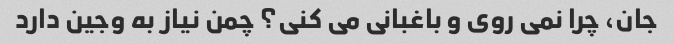
جان، چرا نمی روی و باغبانی می کنی؟ چمن نیاز به وجین دارد